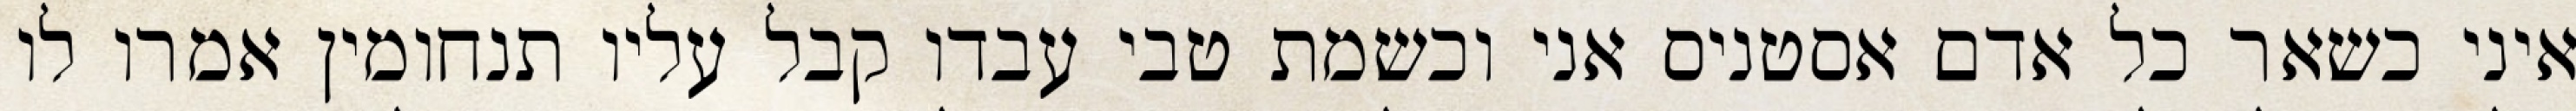
איני כשאר כל אדם אסטניס אני וכשמת טבי עבדו קבל עליו תנחומין אמרו לו